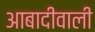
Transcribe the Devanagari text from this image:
आबादीवाली